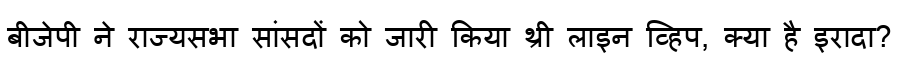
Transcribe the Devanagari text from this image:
बीजेपी ने राज्यसभा सांसदों को जारी किया थ्री लाइन व्हिप, क्या है इरादा?